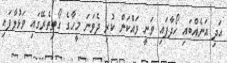
އަދި އަނެއްބައި ހޯދާފައި ވަނީ ވައްކަން ކުރި ދެވަނަ މީހާގެ ގޯތިތެރޭގައި ވަޅުލާފައި